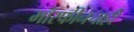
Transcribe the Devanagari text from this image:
मॉरफीनचाही